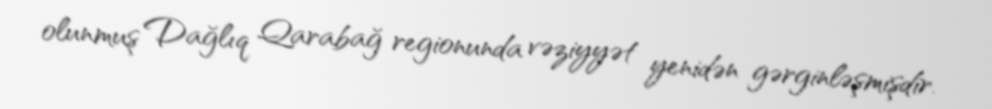
olunmuş Dağlıq Qarabağ regionunda vəziyyət yenidən gərginləşmişdir.